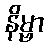
နိမ္ဗာ